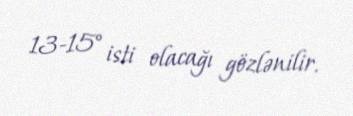
13-15° isti olacağı gözlənilir.